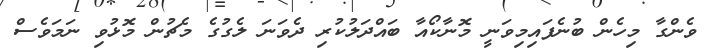
ވެންގާ މިހެން ބުނެފައިމިވަނީ މޮނާކޯއާ ބައްދަލުކުރި ދެވަނަ ލެގުގެ މެޗުން މޮޅުވި ނަމަވެސް